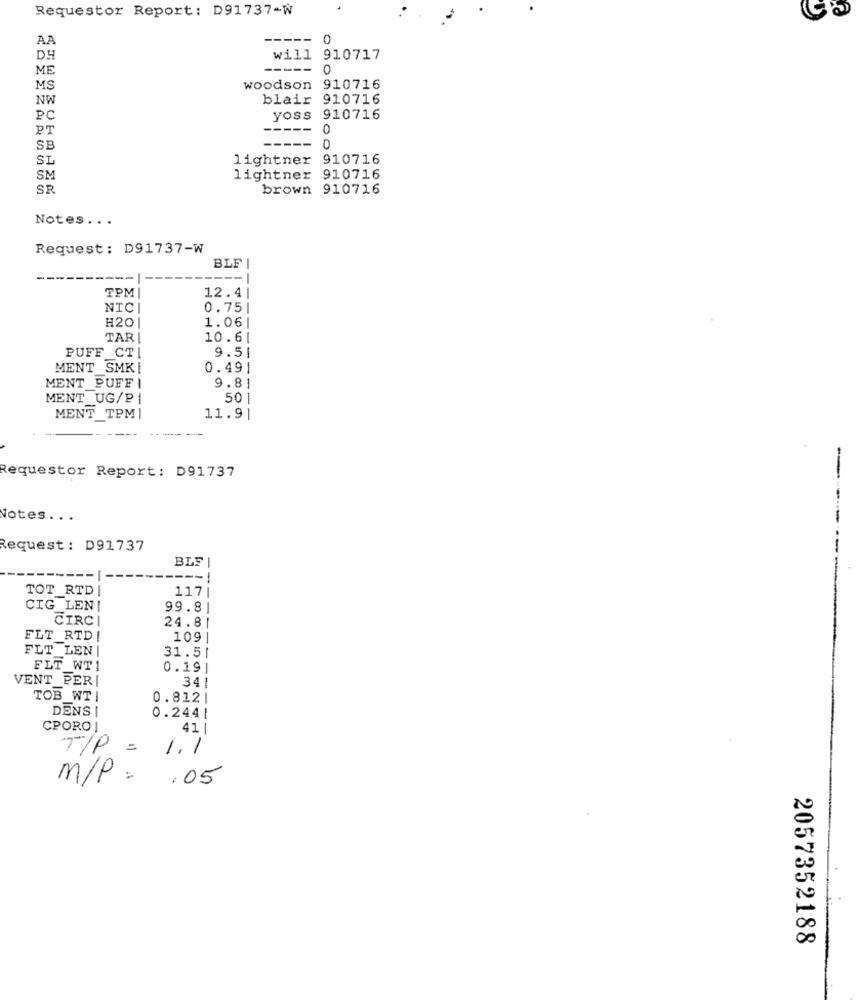
Requestor Report: D91737-W
Ca
AA
-----
0
DH
will 910717
ME
-----
0
MS
woodson
910716
NW
blair 910716
PC
yoss 910716
PT
-----
0
--
---
SB
0
SL
lightner 910716
SM
lightner 910716
SR
brown 910716
Notes ...
Request: D91737-W
BLF
TPM
12.41
NIC
0.75|
H20
1.06|
TAR
10.61
PUFF_CT
9.51
MENT SMK|
0.491
MENT PUFFI
9.81
MENT_UG/PI
501
MENT_TPM|
11.91
Requestor Report: D91737
-
Notes ..
Request : D91737
BLF
--
----
TOT_RTD |
117
CIG LENI
99.8
CIRC
24.8
FLT RTD !
109
FLT LEN |
31.5
FLT WT1
0.19
VENT_PER
34
TOB WT!
0.812|
DENS |
0.244|
CPORO !
41 |
TIP = 1.1
M/P = , 05
2057352188